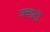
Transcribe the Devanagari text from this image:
जव्वादी